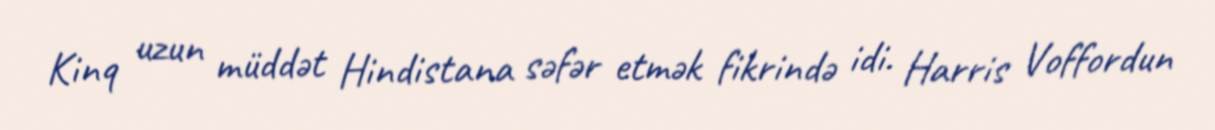
Kinq uzun müddət Hindistana səfər etmək fikrində idi. Harris Voffordun